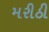
મરીઠી